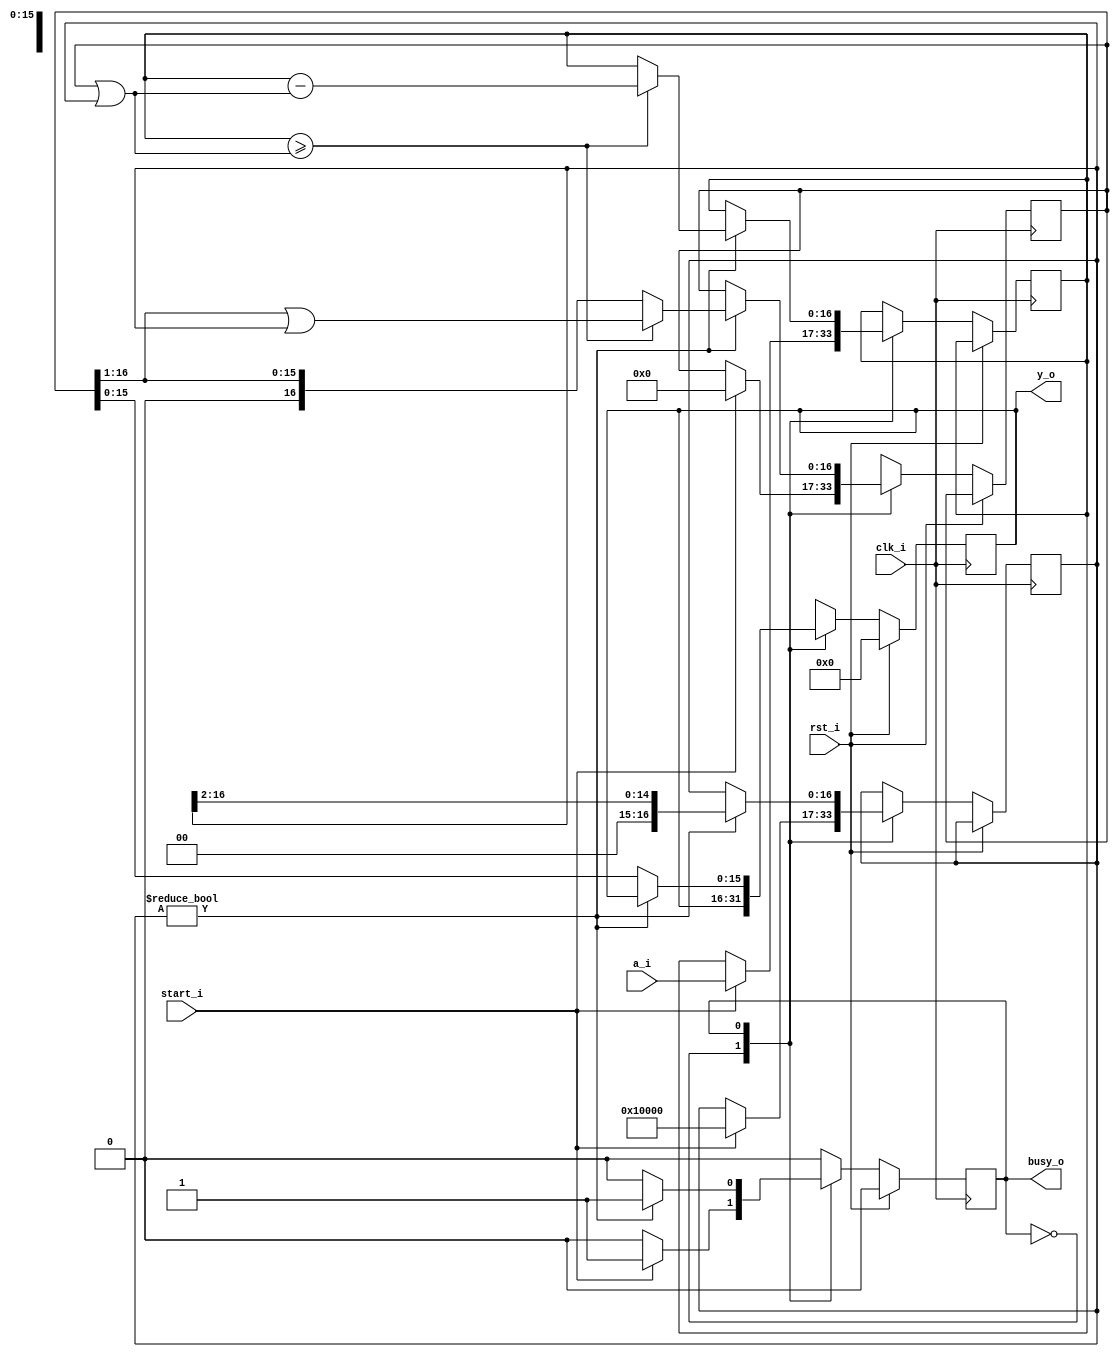
module sqrt(
    input clk_i,
    input rst_i,
    input start_i,
    input [16:0] a_i,
    
    output busy_o,
    output reg[15:0] y_o
    );
    
    localparam INIT = 1'b0;
    localparam WORK = 1'b1;
   
    reg[16:0] m;
    reg[16:0] a;
    reg[16:0] temp;
    reg[16:0] part_res;
    reg state;
    
    assign busy_o = state;
    
    always @(posedge clk_i)
        if(rst_i) begin
            y_o <= 0;
            state <= INIT;
        end 
        else begin
            case(state)
                INIT:
                    if(start_i) begin
                        a <= a_i;
                        m <= 17'h10000;
                        part_res <= 0;
                        state <= WORK;
                    end
                WORK:
                    begin
                        if(m != 0) begin
                            temp = part_res | m;
                            part_res = part_res >> 1;
                            
                            if(a >= temp) begin
                                a <= a - temp;
                                part_res <= part_res | m;
                            end
                            m <= m >> 2;
                        end
                        else begin
                            y_o = part_res;
                            state <= INIT;
                        end
                    end    
            endcase            
        end        
endmodule